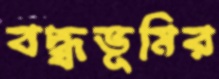
বদ্ধ্বভূমির